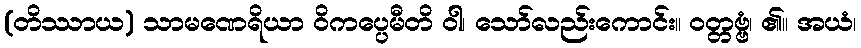
(တိဿာယ) သာမဏေရိယာ ဝိကပ္ပေမီတိ ဝါ၊ သော်လည်းကောင်း။ ဝတ္တဗ္ဗံ၊ ၏။ အယံ၊